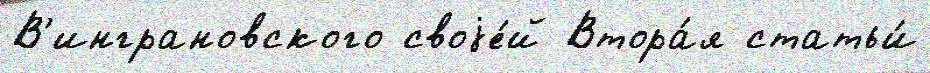
В'инграновского своjе́й Втора́я статьи́